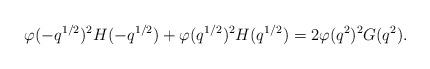
LaTeX: \begin{align*} \varphi(-q^{1/2})^2H(-q^{1/2})+\varphi(q^{1/2})^2H(q^{1/2}) = 2\varphi(q^2)^2G(q^2).\end{align*}